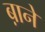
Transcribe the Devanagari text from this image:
ब़ाने